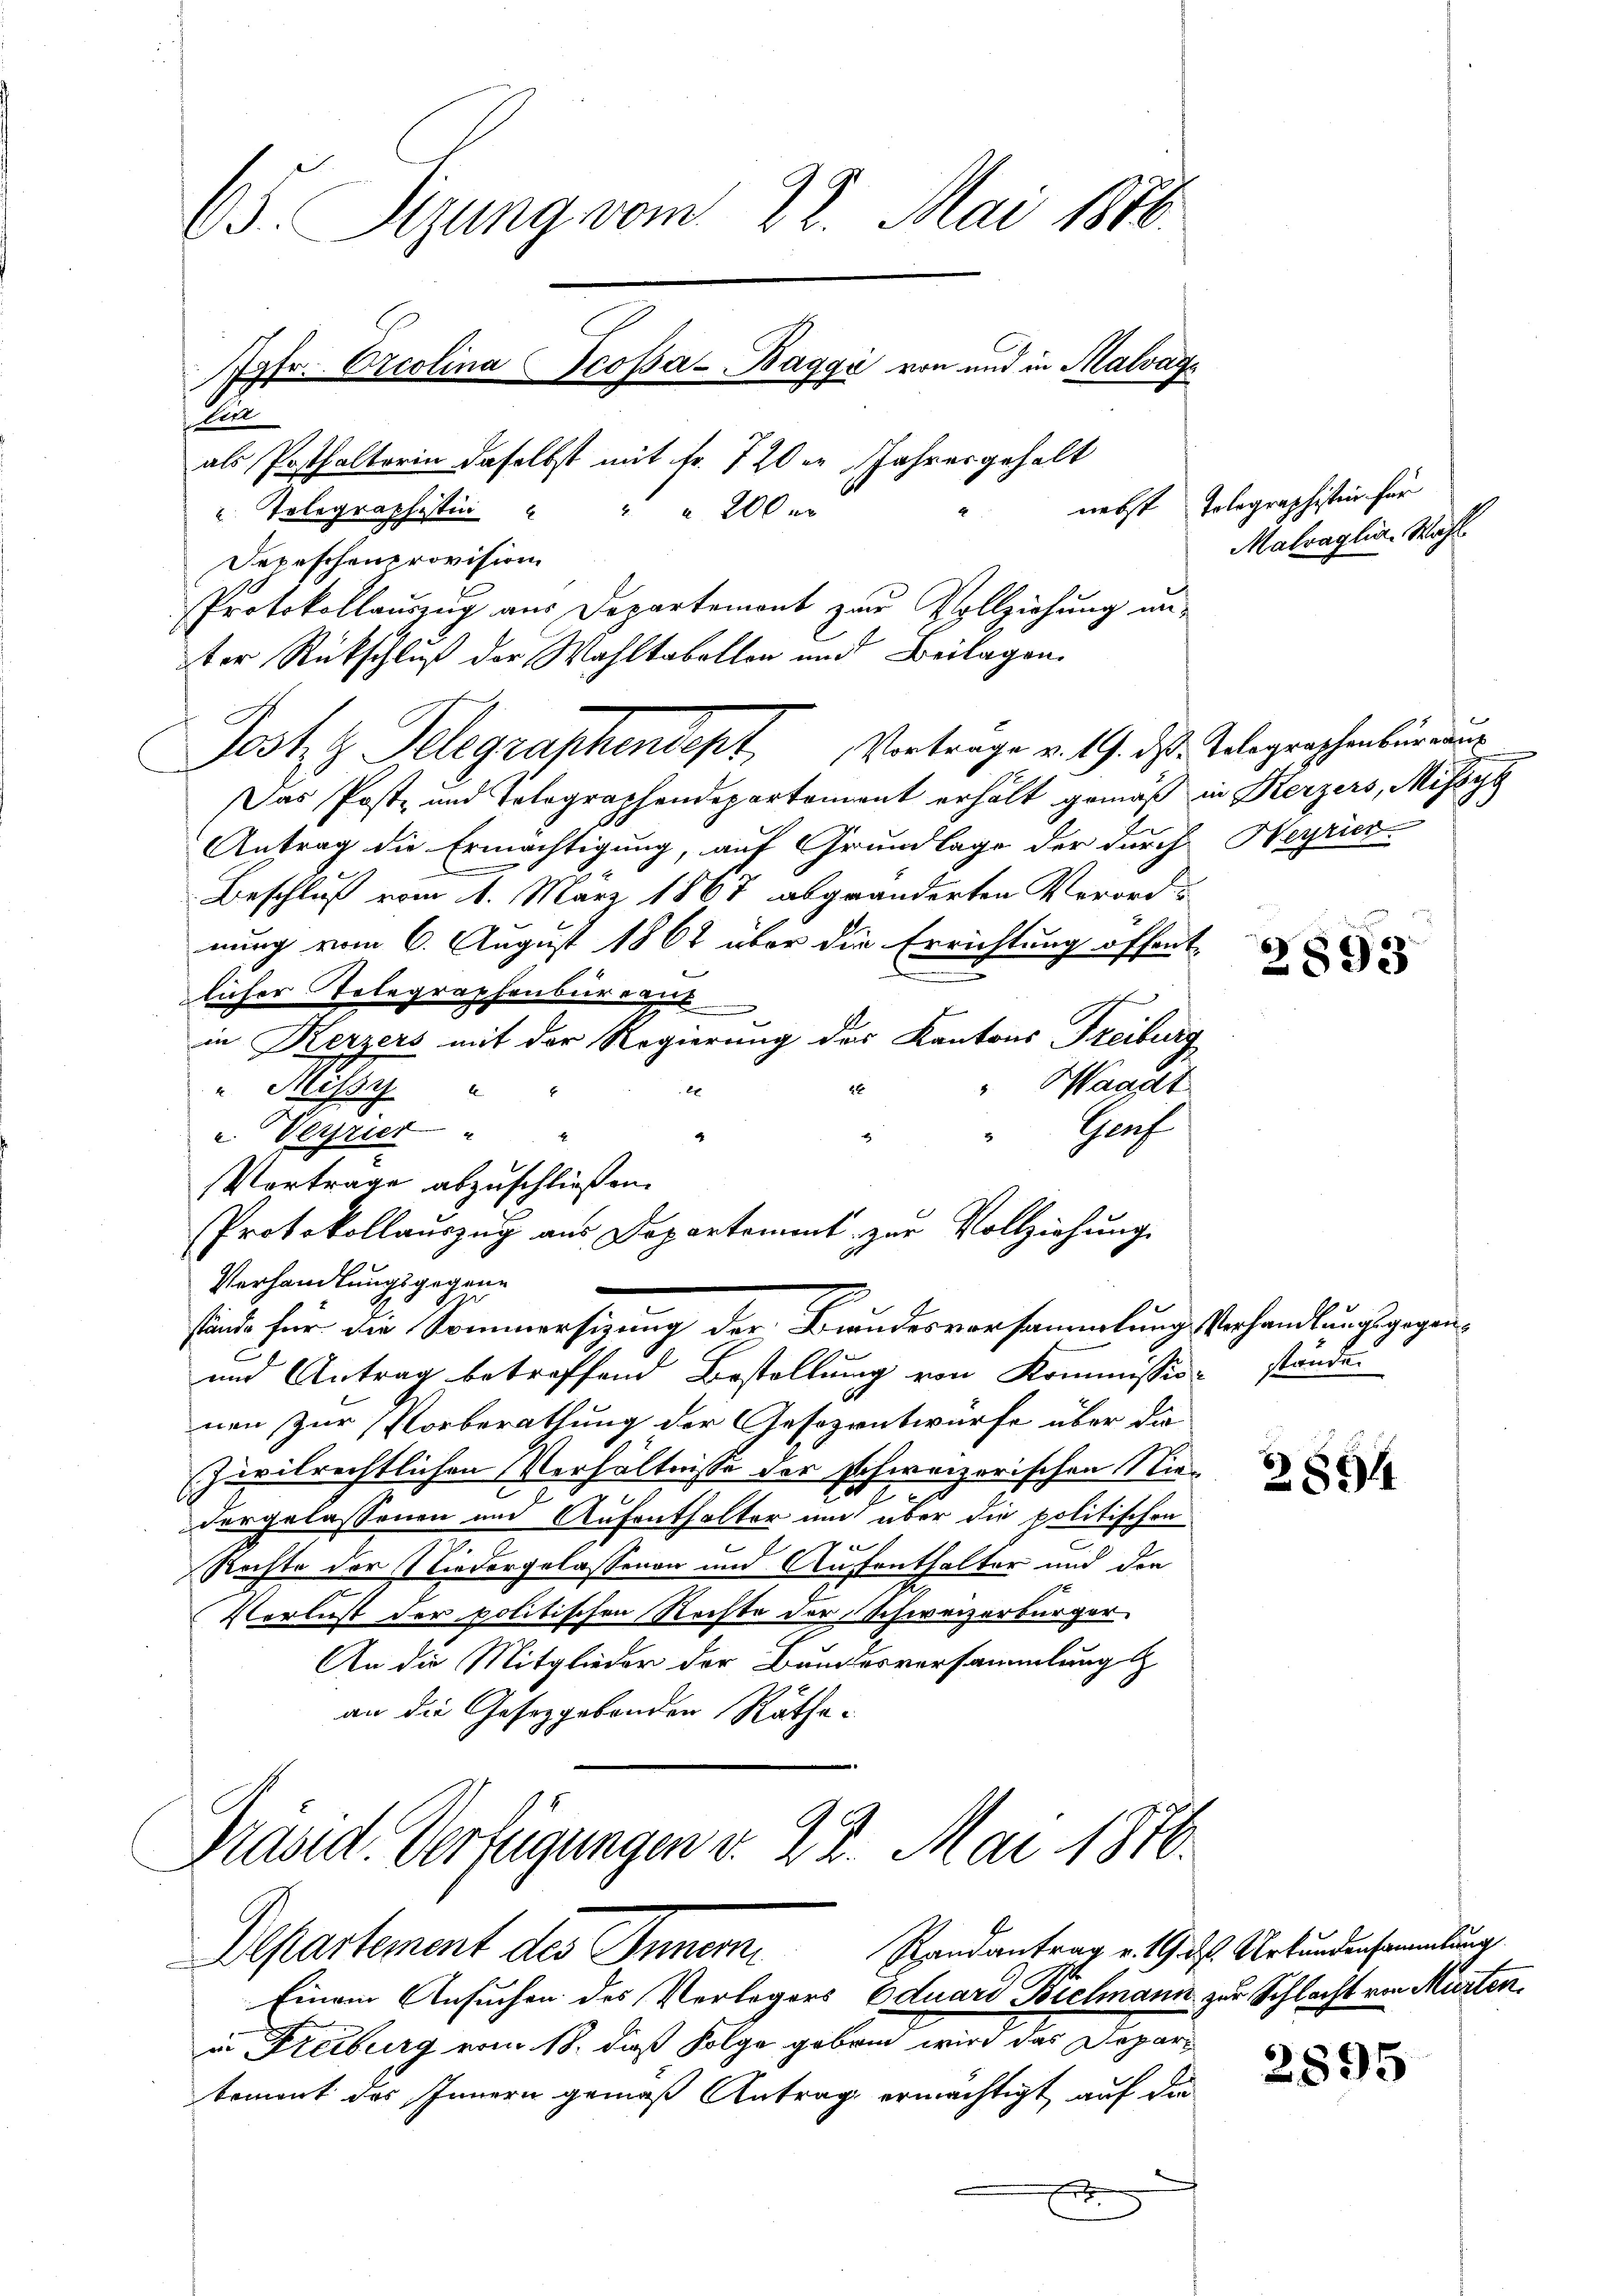
65. Sizung vom 28. Mai 1876.
Jgfr. Arcolina Scossa- Baggi von und in Malvag
Ein
als Posthalterin daselbst mit Fr. 720er Jahresgehalt
" Telegraphistin " " " 200 er
Depeschenprovision
Protokollauszug aus Departement zur Vollziehung un-
ter Rückschluß der Wahltabellen und Beilagen.

Das Post- und Tolographendepartement erhält gemäß in Kerzers, Missyg
Antrag die Ermächtigung, auf Grundlage der durch Heyrier-
Beschluß vom 1. März 1867 abgeänderten Verord-
nung vom 6. August 1862 über die Errichtung offent-
licher Telegraphenbureau
in Kerzers mit der Regierung des Kantons Freiburg
Waadt
Hesse
 Verrier
Vortrage abzuschließen.
Verhandlungsgegen¬
und Antrag betreffend Bestellung von Kommission ständen
nen zur Vorberathung der Gesezentwürfe über die
zivilrechtlichen Verhältnisse der schweizerischen Niedergelassenen und Aufenthalter und über die politischen
Rechte der Niedergelassenen und Aufenthalter und der
u
Verlust der politischen Rechte der Schweizerbürger
An die Mitglieder der Bundesversammlung
an die Gesetzgebenden Räthe.
Masid. Verfügungen v. 22. Mai 1876.
Randantrag v. 19. ds. Urkundensammlung
Departement der Innern.
Einem Ansuchen des Verlegers Eduard Bielmann zur Schlacht von Murten,
in Freiburg vom 18. dieß Folge gebrin wird das Departement des Innern gemäß Antrag ermächtigt auf die

Jost Telegraphendept Vertrage v. 19. ds. Telegraschenburgun

Gruf
4
Protokollauszug aus Departement zur Vollziehung
sinde für die Sommersigung der Bundesvorsammlung Verhandlungsgegen¬

nebst Tolographisten für
Malraglin. Wahl

2893

2894

2895